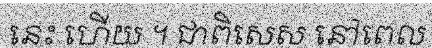
នេះ ហើយ ។ ជាពិសេស នៅពេល